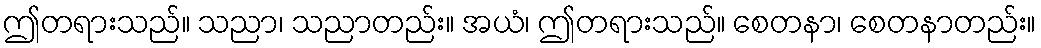
ဤတရားသည်။ သညာ၊ သညာတည်း။ အယံ၊ ဤတရားသည်။ စေတနာ၊ စေတနာတည်း။